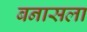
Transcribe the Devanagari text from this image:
बनासला